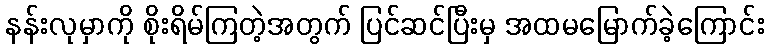
နန်းလုမှာကို စိုးရိမ်ကြတဲ့အတွက် ပြင်ဆင်ပြီးမှ အထမမြောက်ခဲ့ကြောင်း